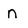
Character: n